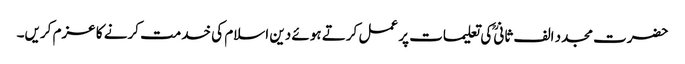
حضرت مجدد الف ثانیؒ کی تعلیمات پر عمل کرتے ہوئے دین اسلام کی خدمت کرنے کا عزم کریں۔